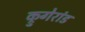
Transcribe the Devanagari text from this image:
क्रुगेरांड